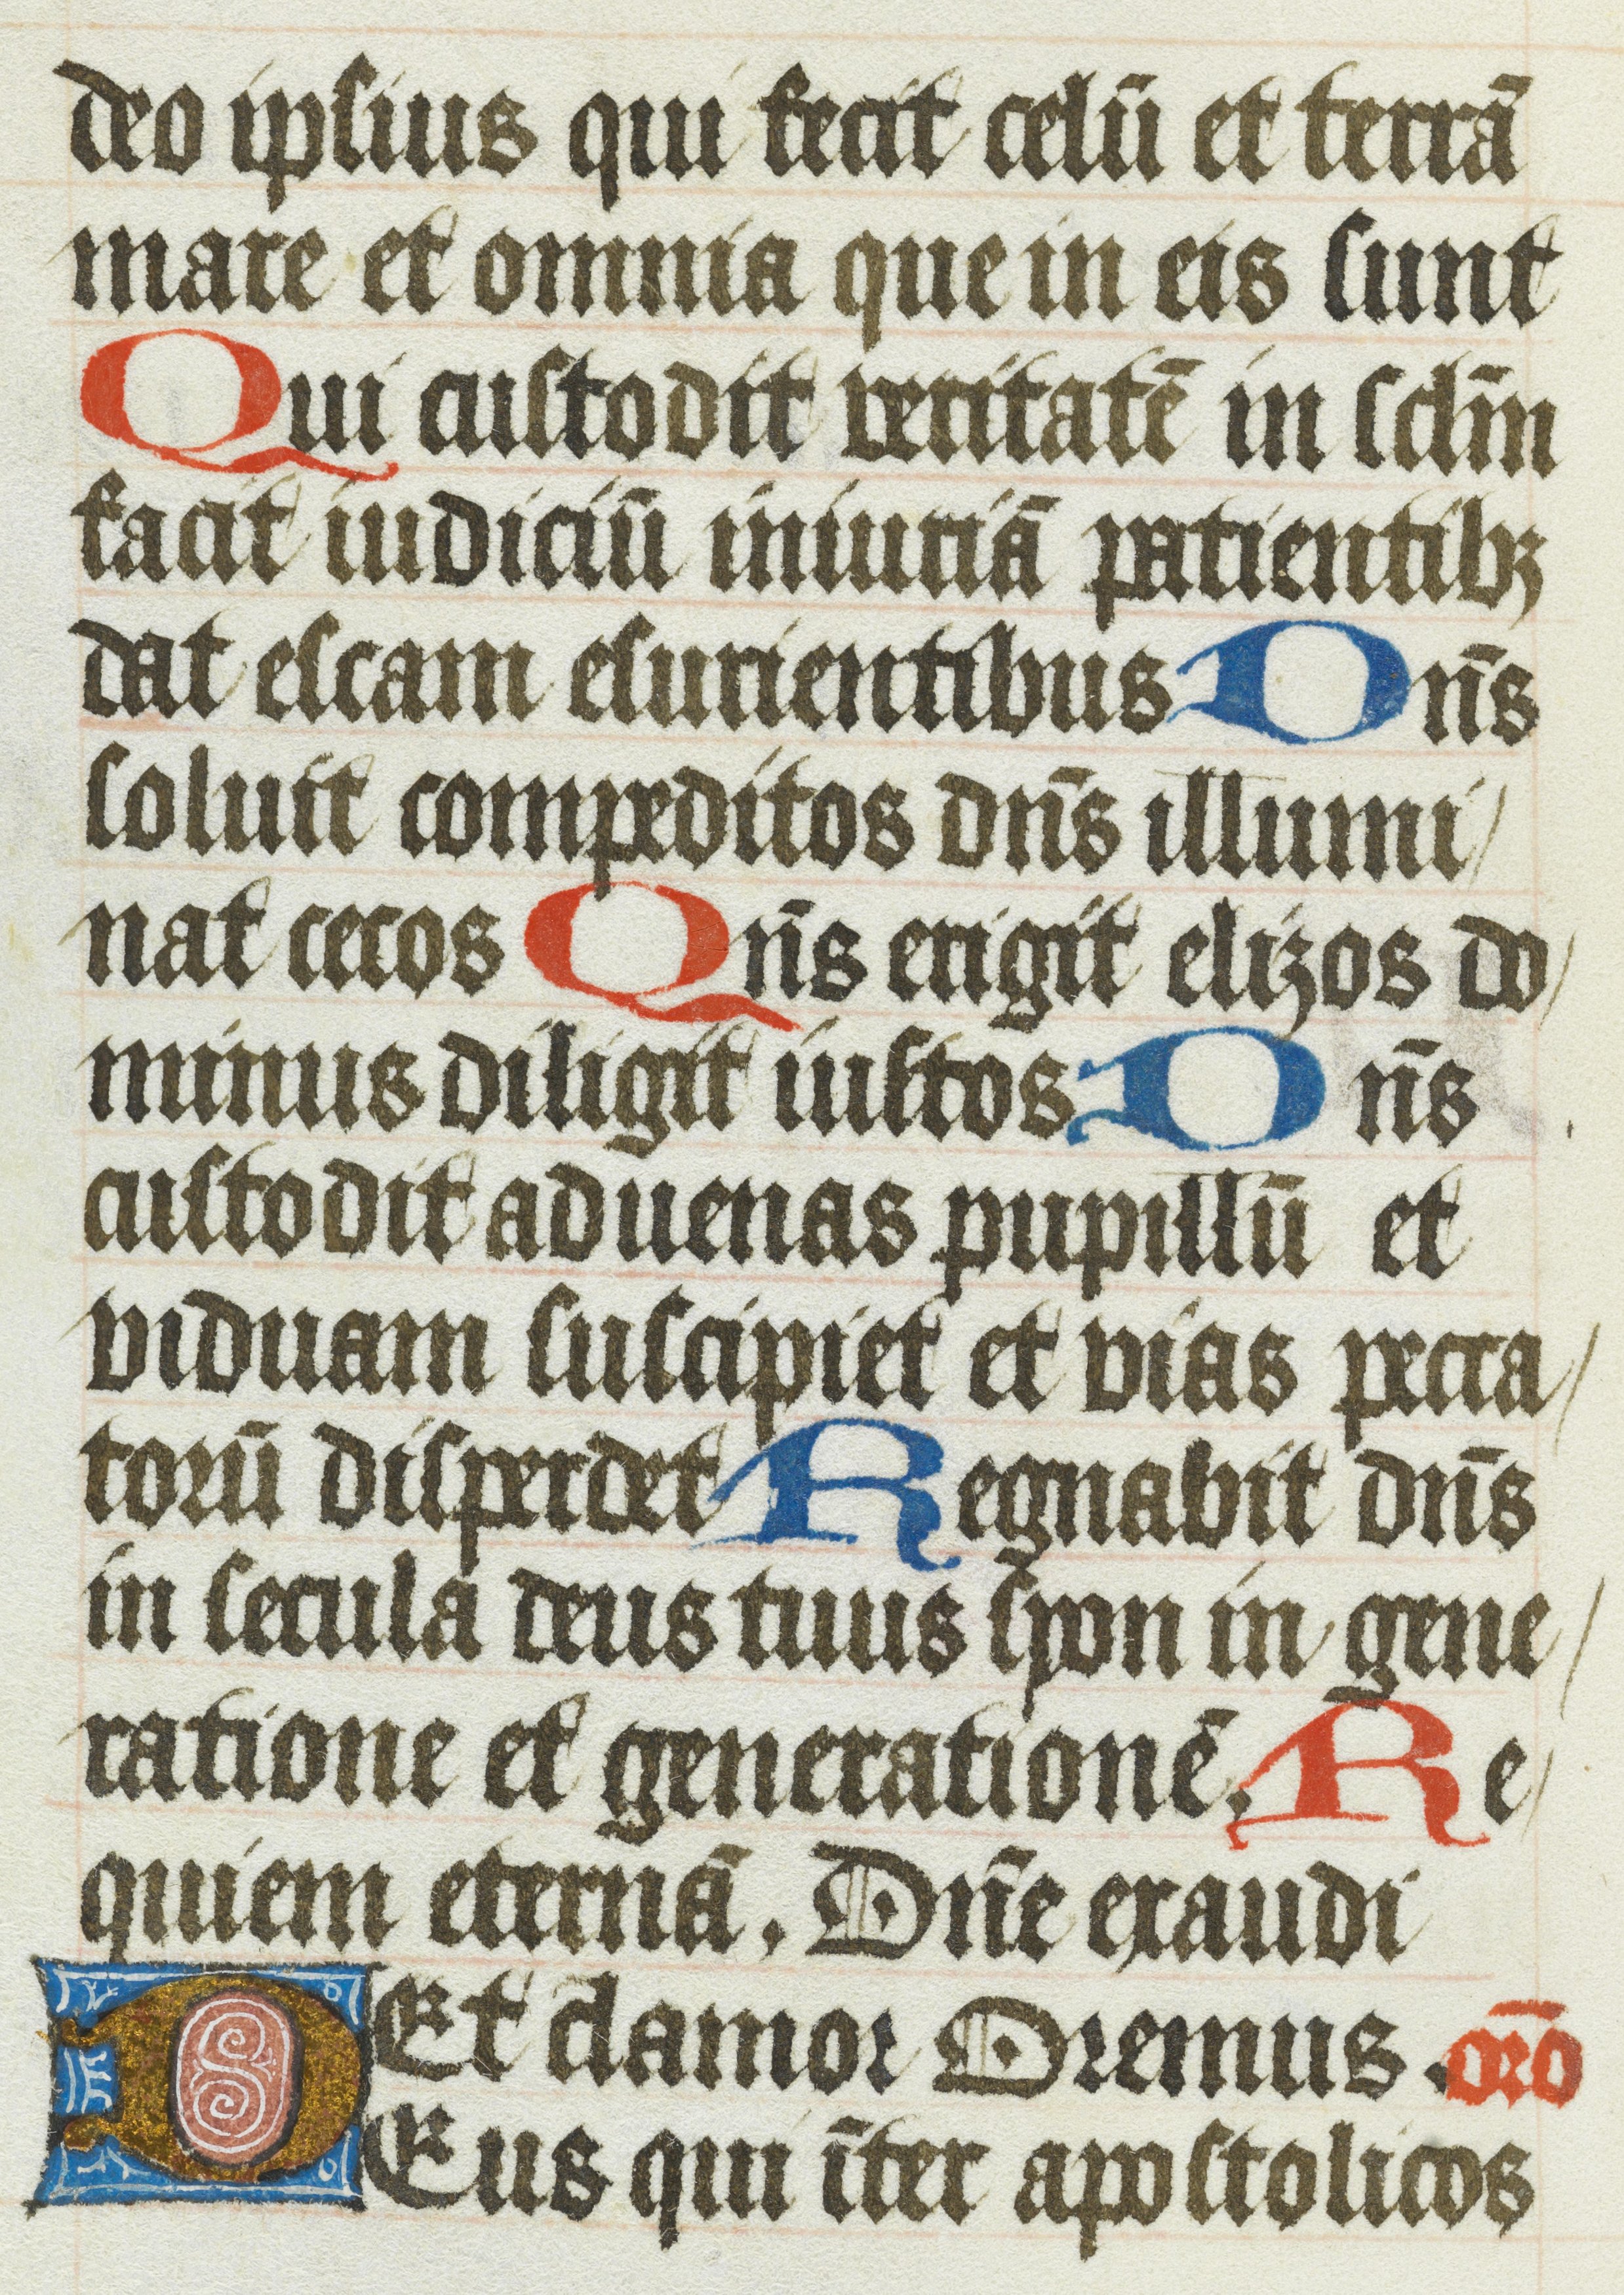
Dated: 1485–1515